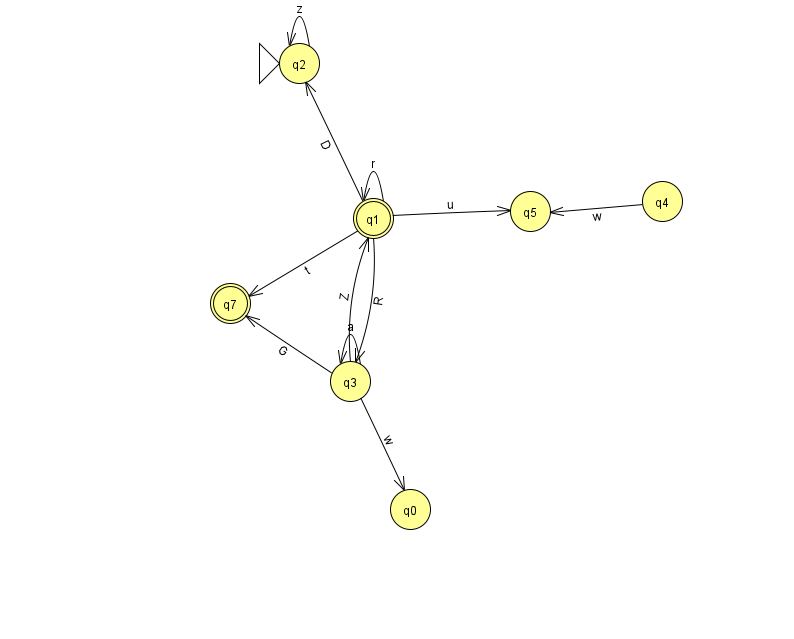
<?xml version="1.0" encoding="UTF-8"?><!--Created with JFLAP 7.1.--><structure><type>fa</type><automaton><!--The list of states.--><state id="0" name="q0"><x>410.0</x><y>496.0</y></state><state id="1" name="q1"><x>373.0</x><y>205.0</y><final/></state><state id="2" name="q2"><x>299.0</x><y>50.0</y><initial/></state><state id="3" name="q3"><x>350.0</x><y>368.0</y></state><state id="4" name="q4"><x>662.0</x><y>188.0</y></state><state id="5" name="q5"><x>530.0</x><y>198.0</y></state><state id="7" name="q7"><x>230.0</x><y>290.0</y><final/></state><!--The list of transitions.--><transition><from>1</from><to>2</to><read>D</read></transition><transition><from>3</from><to>3</to><read>a</read></transition><transition><from>1</from><to>1</to><read>r</read></transition><transition><from>1</from><to>3</to><read>R</read></transition><transition><from>4</from><to>5</to><read>w</read></transition><transition><from>1</from><to>7</to><read>t</read></transition><transition><from>3</from><to>7</to><read>G</read></transition><transition><from>2</from><to>2</to><read>z</read></transition><transition><from>3</from><to>0</to><read>w</read></transition><transition><from>3</from><to>1</to><read>Z</read></transition><transition><from>1</from><to>5</to><read>u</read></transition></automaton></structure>